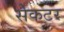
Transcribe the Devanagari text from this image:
सेकटर